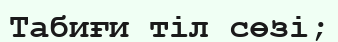
Табиғи тіл сөзі;